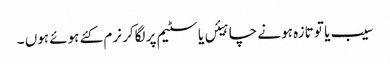
سیب یا تو تازہ ہونے چاہیئں یا سٹیم پر لگاکر نرم کئے ہوئے ہوں ۔